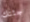
جثتك